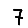
Digit: 7